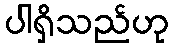
ပါရှိသည်ဟု